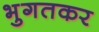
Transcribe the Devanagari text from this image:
भुगतकर